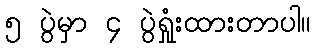
၅ ပွဲမှာ ၄ ပွဲရှုံးထားတာပါ။